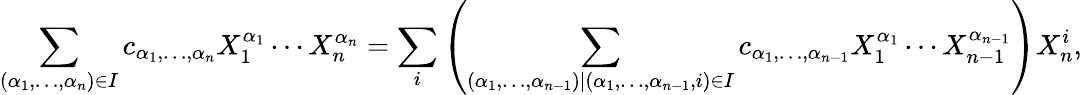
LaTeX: \sum_{(\alpha_{1},\ldots,\alpha_{n})\in I}c_{\alpha_{1},\ldots,\alpha_{n}}X_{1}^{\alpha_{1}}\cdots X_{n}^{\alpha_{n}}=\sum_{i}\left(\sum_{(\alpha_{1},\ldots,\alpha_{n-1})\mid(\alpha_{1},\ldots,\alpha_{n-1},i)\in I}c_{\alpha_{1},\ldots,\alpha_{n-1}}X_{1}^{\alpha_{1}}\cdots X_{n-1}^{\alpha_{n-1}}\right)X_{n}^{i},